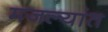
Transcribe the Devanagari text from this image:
मजल्यांत